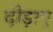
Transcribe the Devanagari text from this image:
दौड़ाए